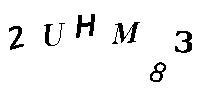
2UHM83